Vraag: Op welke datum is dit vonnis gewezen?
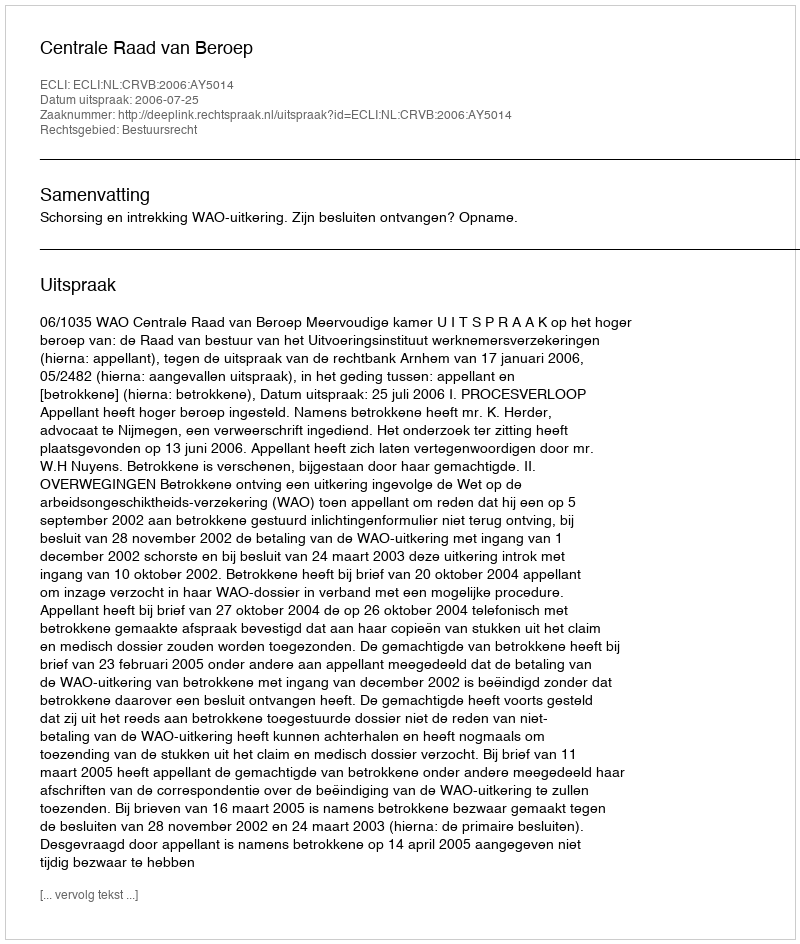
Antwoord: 2006-07-25